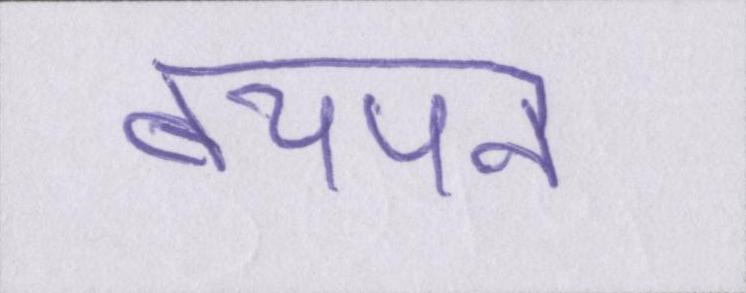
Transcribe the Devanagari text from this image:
बचपन